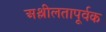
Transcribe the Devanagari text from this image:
अश्लीलतापूर्वक